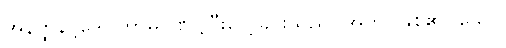
အနိတ္ထိနိဗ္ဗိဒေါ၊ ကာမဂုဏ်၌ငြီးငွေ့ခြင်းသည်။ အဟု၊ ဖြစ်၏။ သော၊